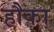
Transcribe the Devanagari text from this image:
हौका